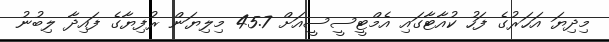
މިދިޔަ އަހަރުގެ ފަހު ކުއާޓާގައި އެމްޓީސީސީއަށް 45.7 މިލިޔަން ރުފިޔާގެ ފައިދާ ލިބުނު